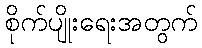
စိုက်ပျိုးရေးအတွက်